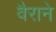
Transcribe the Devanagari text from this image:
वैराने